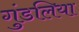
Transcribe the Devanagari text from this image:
गुंडलिया